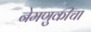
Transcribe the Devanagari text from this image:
नेमणुकीचा